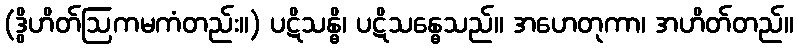
(ဒွိဟိတ်ဩကမကံတည်း။) ပဋိသန္ဓိ၊ ပဋိသန္ဓေသည်။ အဟေတုကာ၊ အဟိတ်တည်။